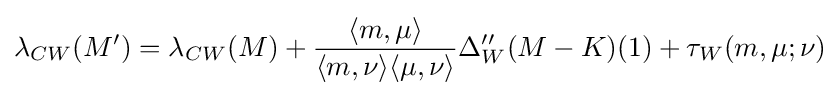
\lambda _{CW}(M^{\prime })=\lambda _{CW}(M)+{\frac {\langle m,\mu \rangle }{\langle m,\nu \rangle \langle \mu ,\nu \rangle }}\Delta _{W}^{\prime \prime }(M-K)(1)+\tau _{W}(m,\mu ;\nu )